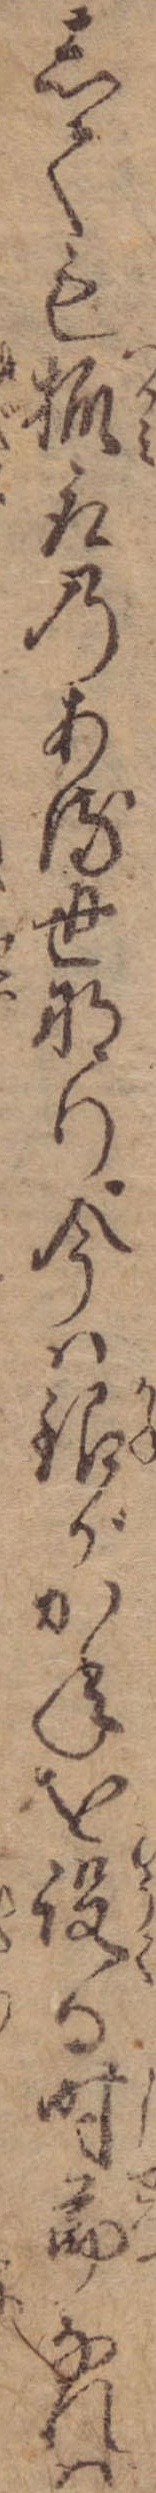
しても抓取のある世なり今は銀がかねを設る時節なれは